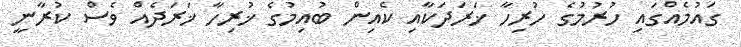
ގައުމެއްގައި ހުރުމުގެ ހުރިހާ ޚަރަދަކާއި ކެއިން ބުއިމުގެ ޚުރިހާ ޚަރަދެއް ވެސް ކުރާނީ